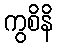
ကွစိနိ